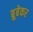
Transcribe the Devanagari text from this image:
ब्रुबेकर